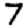
Digit: 7